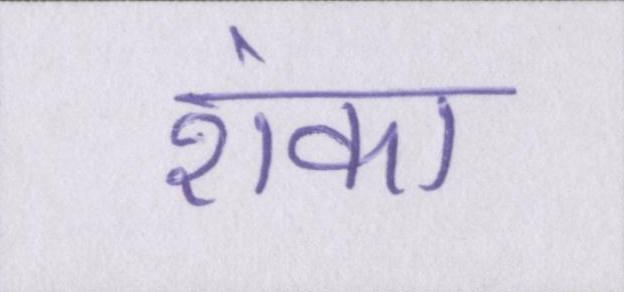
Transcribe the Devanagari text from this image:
शंका